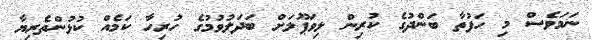
ނަމަވެސް މި ހަފުތާ ބަންދުގެ ކުރިން ލިވަޕޫލަށް ބަދަލުވުމުގެ ހުރިހާ ކަމެއް ކުޅުންތެރިޔާ